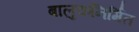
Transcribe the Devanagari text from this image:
बालुकनिर्मित